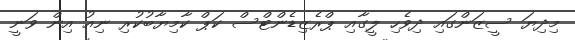
މިދިޔަ ސީޒަންގައި ދިވެހި ލީގާއި ޕްރެޒިޑެންޓްސް ކަޕް ކާމިޔާބުކުރި ނިއު އިން ވަނީ